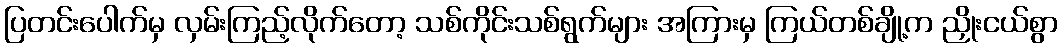
ပြတင်းပေါက်မှ လှမ်းကြည့်လိုက်တော့ သစ်ကိုင်းသစ်ရွက်များ အကြားမှ ကြယ်တစ်ချို့က ညှိုးငယ်စွာ